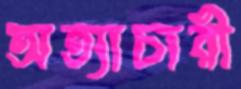
অত্যাচারী